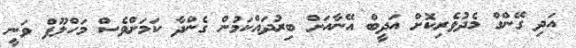
އަދި ގޭންގް މެދުވެރިކޮށް އަދީބް އޭނާއަށް ބިރުދައްކަމުން ގެންދާ ކަމަށްވެސް މަހްލޫފް ވަނީ